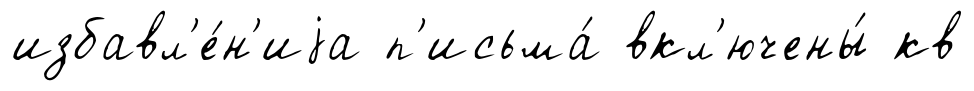
избавл'е́н'иjа п'исьма́ вкл'ючены́ кв